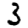
Digit: 3